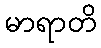
မာရာတိ